Day School Certificate (Higher), 1934
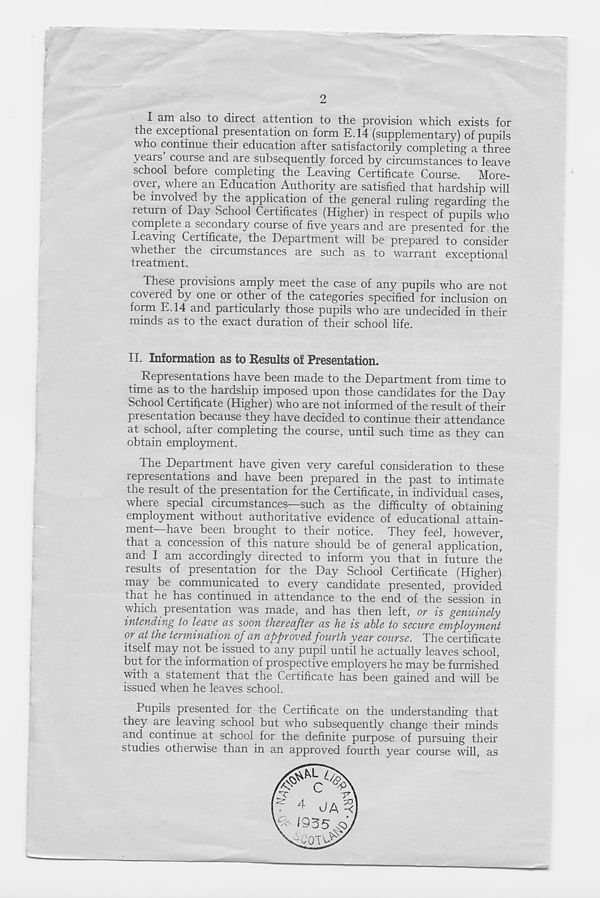
2
I am also to direct attention to the provision which exists for
the exceptional presentation on form E.14 (supplementary) of pupils
who continue their education after satisfactorily completing a three
years course and are subsequently forced by circumstances to leave
school before completing the Leaving Certificate Course. More-
over, where an Education Authority are satisfied that hardship will
be involved by the application of the general ruling regarding the
return of Day School Certificates (Higher) in respect of pupils who
complete a secondary course of five years and are presented for the
Leaving Certificate, the Department will be prepared to consider
whether the circumstances are such as to warrant exceptional
treatment.
These provisions amply meet the case of any pupils who are not
covered by one or other of the categories specified for inclusion on
form E.14 and particularly those pupils who are undecided in their
minds as to the exact duration of their school life.
II. Information as to Results of Presentation.
Representations have been made to the Department from time to
time as to the hardship imposed upon those candidates for the Day
School Certificate (Higher) who are not informed of the result of their
presentation because they have decided to continue their attendance
at school, after completing the course, until such time as they can
obtain employment.
The Department have given very careful consideration to these
representations and have been prepared in the past to intimate
the result of the presentation for the Certificate, in individual cases,
where special circumstances—such as the difficulty of obtaining
employment without authoritative evidence of educational attain-
ment have been brought to their notice. They fe6l, however,
that a concession of this nature should be of general application,
and I am accordingly directed to inform you that in future the
results of presentation for the Day School Certificate (Higher)
may be communicated to every candidate presented, provided
that he has continued in attendance to the end of the session in
which presentation was made, and has then left, or is genuinely
intending to leave as soon thereafter as he is able to secure employment
or at the termination of an approved fourth year course. The certificate
itself may not be issued to any pupil until he actually leaves school,
but for the information of prospective employers he may be furnished
with a statement that the Certificate has been gained and will be
issued when he leaves school.
Pupils presented for the Certificate on the understanding that
they are leaving school but who subsequently change their minds
and continue at school for the definite purpose of pursuing their
studies otherwise than in an approved fourth year course will, as